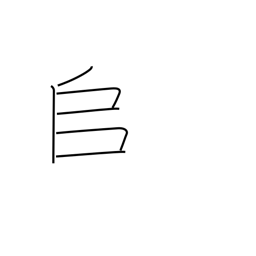
Meaning: to pile up